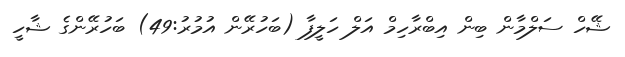
ޝޭހް ސަލްމާން ބިން އިބްރާހިމް އަލް ހަލީފާ (ބަހުރޭން އުމުރު:49) ބަހުރޭންގެ ޝާހީ